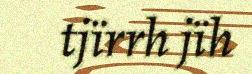
tjïrrh jïh